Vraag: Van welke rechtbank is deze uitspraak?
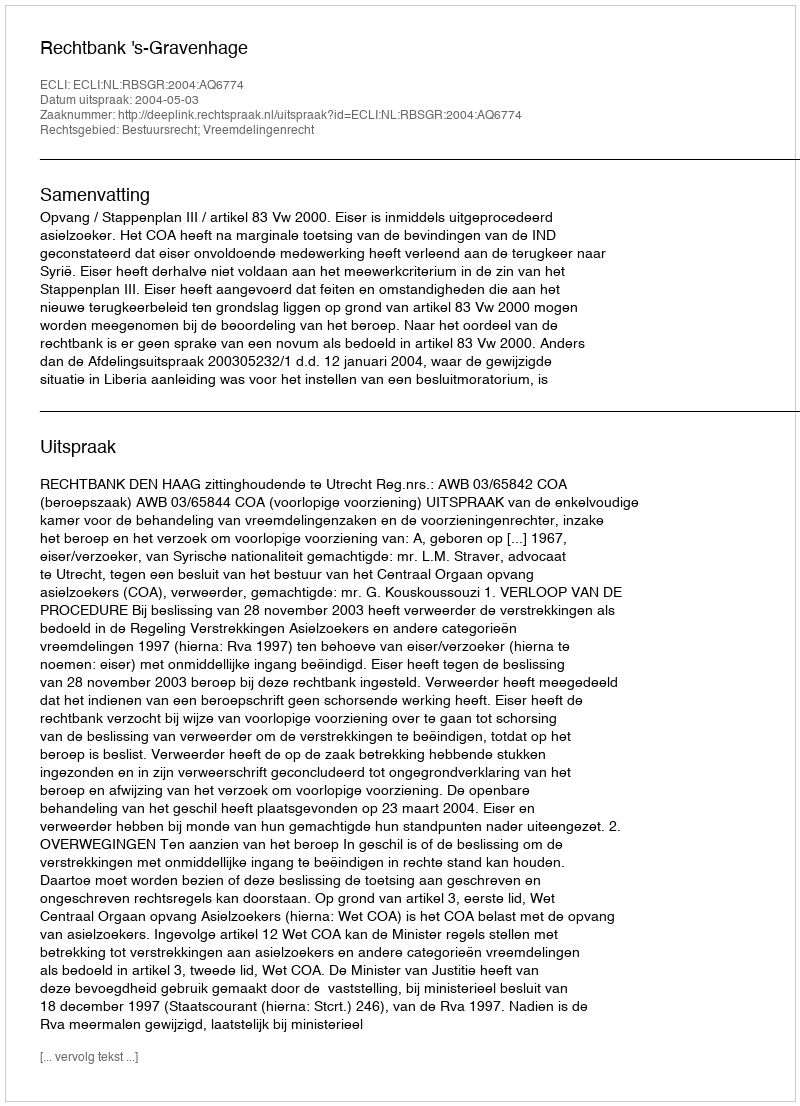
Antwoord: Rechtbank 's-Gravenhage